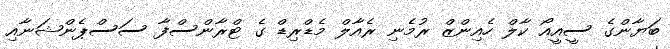
ބަޔާންގެ ސީއީއޯ ކާލް ހެއިންޒް ރުމެނި ރެއާލް މެޑްރިޑް ގެ ޓްރާންސްފާ ސަސްޕެންޝަނާއި